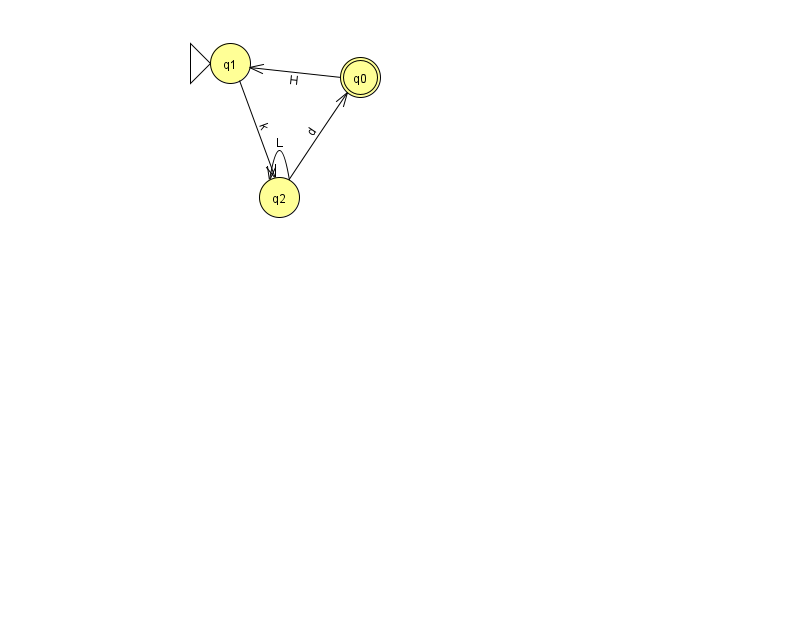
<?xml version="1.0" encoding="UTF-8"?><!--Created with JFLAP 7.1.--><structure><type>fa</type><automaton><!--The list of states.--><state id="0" name="q0"><x>360.0</x><y>64.0</y><final/></state><state id="1" name="q1"><x>230.0</x><y>50.0</y><initial/></state><state id="2" name="q2"><x>279.0</x><y>184.0</y></state><!--The list of transitions.--><transition><from>2</from><to>0</to><read>d</read></transition><transition><from>0</from><to>1</to><read>H</read></transition><transition><from>2</from><to>2</to><read>L</read></transition><transition><from>1</from><to>2</to><read>k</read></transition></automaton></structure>